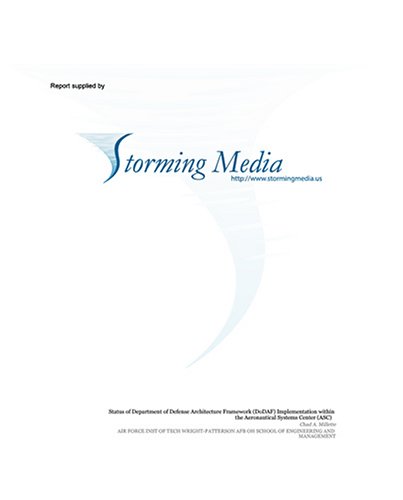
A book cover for Can Naval Surface Forces Operate Under Chemical Weapons Conditions; Adriane A. Stebbins; Health, Fitness & Dieting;